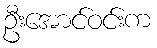
ဦးအောင်ဝင်းက